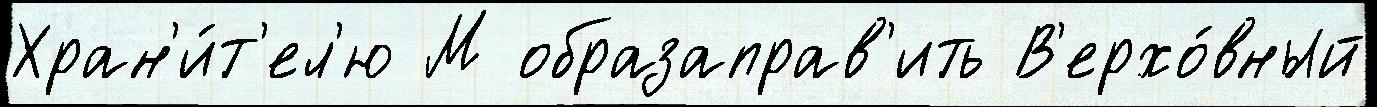
Хран'и́т'ел'ю М образаправ'ить В'ерхо́вный